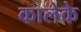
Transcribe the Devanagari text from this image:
कालेके